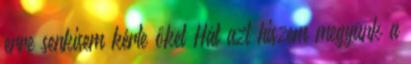
erre senkisem kérte őket Hát azt hiszem megyünk a